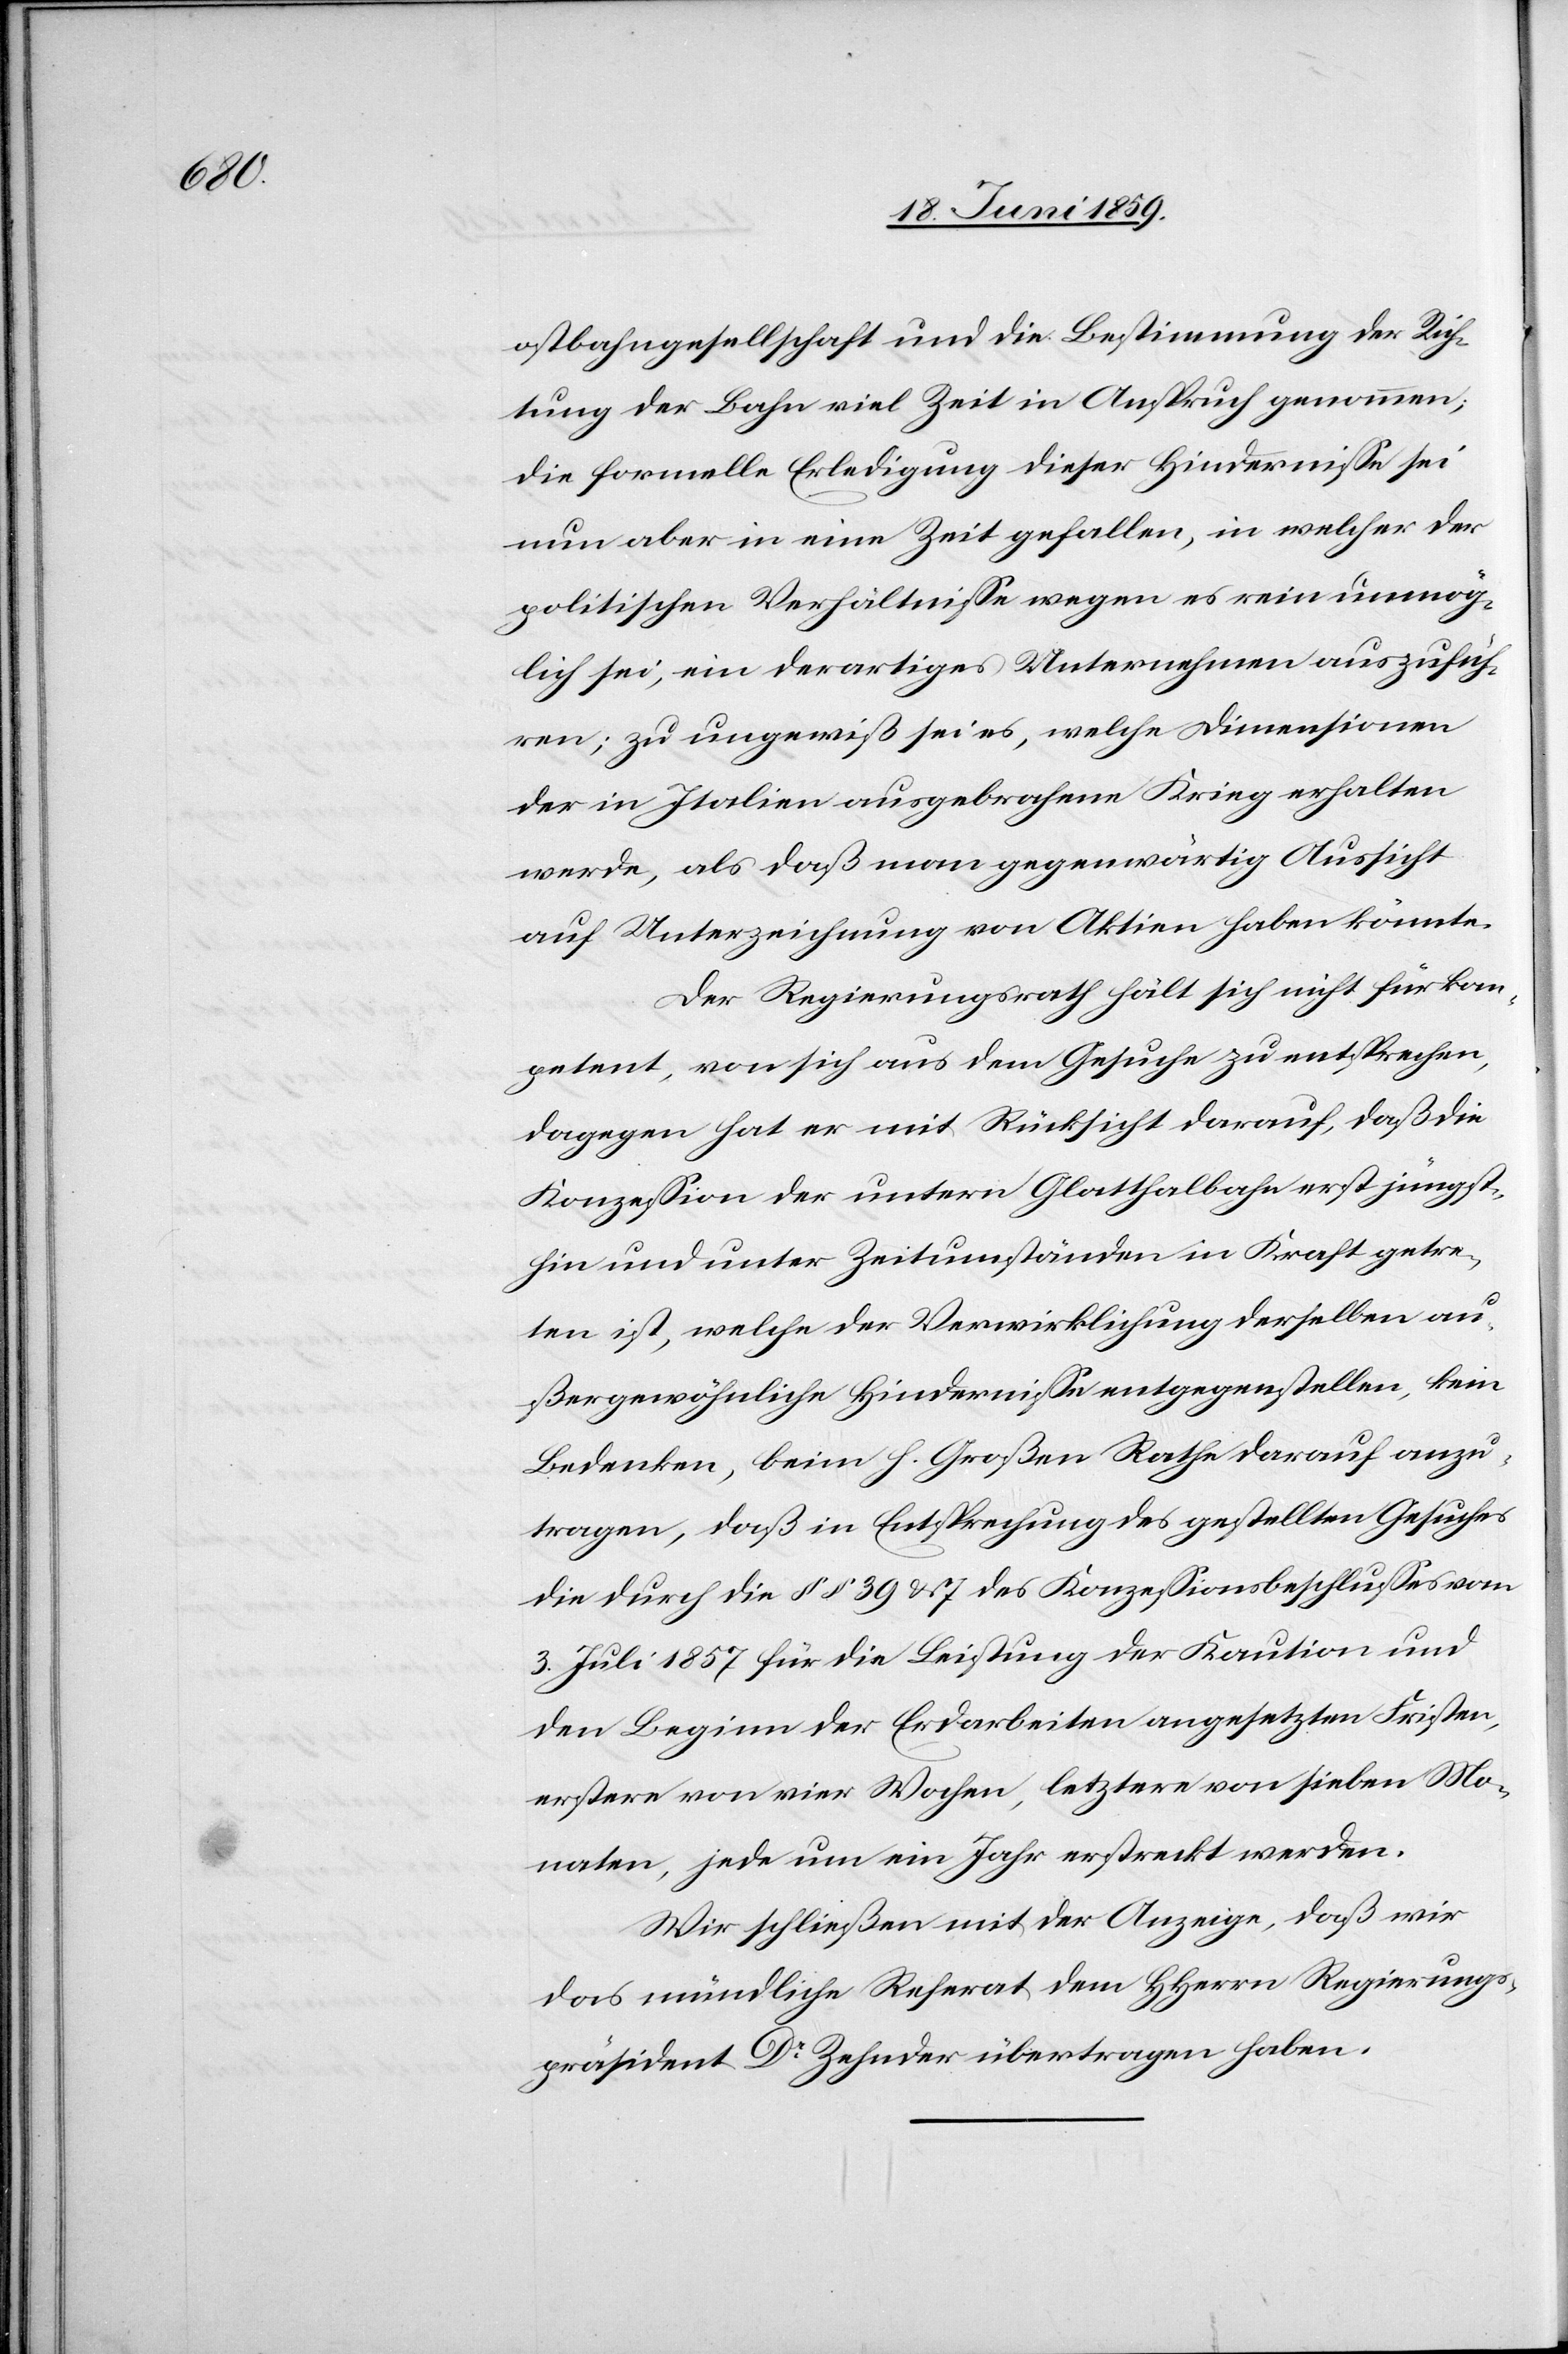
ostbahngesellschaft und die Bestimmung der Rich¬
tung der Bahn viel Zeit in Anspruch genommen;
die formelle Erledigung dieser Hindernisse sei
nun aber in eine Zeit gefallen, in welcher der
politischen Verhältnisse wegen es rein unmög¬
lich sei, ein derartiges Unternehmen auszufüh¬
ren; zu ungewiß sei es, welche Dimensionen
der in Italien ausgebrochene Krieg erhalten
werde, als daß man gegenwärtig Aussicht
auf Unterzeichnung von Aktien haben könnte.
Der Regierungsrath hält sich nicht für kom¬
petent, von sich aus dem Gesuche zu entsprechen,
dagegen hat er mit Rücksicht darauf, daß die
Konzession der untern Glatthalbahn erst jüngst¬
hin und unter Zeitumständen in Kraft getre¬
ten ist, welche der Verwirklichung derselben, kein
Bedenken, beim h. Großen Rath darauf anzu¬
tragen, daß in Entsprechung des gestellten Gesuches
die durch die §§ 39 & 7 des Konzessionsbeschlusses vom
3. Juli 1857 für die Leistung der Kaution und
den Beginn der Erdarbeiten angesetzten Fristen,
erstere von vier Wochen, letztere von sieben Mo¬
naten, jede um ein Jahr erstreckt werden.
Wir schließen mit der Anzeige, daß wir
das mündliche Referat dem HHerrn Regierungs¬
präsident Dr Zehnder übertragen haben.